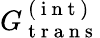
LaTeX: G_{\mathrm{~t~r~a~n~s~}}^{\mathrm{~(~i~n~t~)~}}